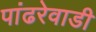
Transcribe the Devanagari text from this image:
पांढरेवाडी